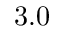
3 . 0